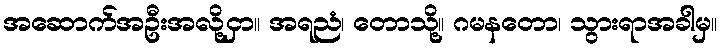
အဆောက်အဦးအလို့ငှာ။ အရညံ၊ တောသို့။ ဂမနတော၊ သွားရာအခါမှ။